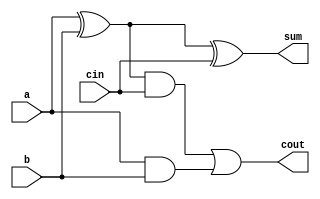
module full_adder(a,b,cin,cout,sum);
    input a,b,cin;
    output cout, sum;

    assign cout = ((a^b) & cin) | (a & b);
    assign sum = a^b^cin;

endmodule

module adder_(a,b,f_cin,result);
    input [31:0] a, b;
    input f_cin; //0 if the op is an addition, 1 in case of substraction (2complement)
    output[31:0] result;
    wire [31:0] carry;

    full_adder add0(a[0], b[0], f_cin, carry[0], result[0]);
    full_adder add1(a[1], b[1], carry[0], carry[1], result[1]);
    full_adder add2(a[2], b[2], carry[1], carry[2], result[2]);
    full_adder add3(a[3], b[3], carry[2], carry[3], result[3]);
    full_adder add4(a[4], b[4], carry[3], carry[4], result[4]);
    full_adder add5(a[5], b[5], carry[4], carry[5], result[5]);
    full_adder add6(a[6], b[6], carry[5], carry[6], result[6]);
    full_adder add8(a[8], b[8], carry[7], carry[8], result[8]);
    full_adder add7(a[7], b[7], carry[6], carry[7], result[7]);
    full_adder add9(a[9], b[9], carry[8], carry[9], result[9]);
    full_adder add10(a[10], b[10], carry[9],  carry[10], result[10]);
    full_adder add11(a[11], b[11], carry[10], carry[11], result[11]);
    full_adder add12(a[12], b[12], carry[11], carry[12], result[12]);
    full_adder add13(a[13], b[13], carry[12], carry[13], result[13]);
    full_adder add14(a[14], b[14], carry[13], carry[14], result[14]);
    full_adder add15(a[15], b[15], carry[14], carry[15], result[15]);
    full_adder add16(a[16], b[16], carry[15], carry[16], result[16]);
    full_adder add17(a[17], b[17], carry[16], carry[17], result[17]);
    full_adder add18(a[18], b[18], carry[17], carry[18], result[18]);
    full_adder add19(a[19], b[19], carry[18], carry[19], result[19]);
    full_adder add20(a[20], b[20], carry[19], carry[20], result[20]);
    full_adder add21(a[21], b[21], carry[20], carry[21], result[21]);
    full_adder add22(a[22], b[22], carry[21], carry[22], result[22]);
    full_adder add23(a[23], b[23], carry[22], carry[23], result[23]);
    full_adder add24(a[24], b[24], carry[23], carry[24], result[24]);
    full_adder add25(a[25], b[25], carry[24], carry[25], result[25]);
    full_adder add26(a[26], b[26], carry[25], carry[26], result[26]);
    full_adder add27(a[27], b[27], carry[26], carry[27], result[27]);
    full_adder add28(a[28], b[28], carry[27], carry[28], result[28]);
    full_adder add29(a[29], b[29], carry[28], carry[29], result[29]);
    full_adder add30(a[30], b[30], carry[29], carry[30], result[30]);
    full_adder add31(a[31], b[31], carry[30], carry[31], result[31]);
endmodule

module msbext #(parameter INITIAL = 16, parameter FINAL = 32)
               (input [INITIAL-1:0] src,
                output [FINAL-1:0] out);

  wire [32:0] ext;
  assign ext = src[INITIAL-1]? 32'hFFFFFFFF : 32'b0;
  assign out = {ext[FINAL-1-INITIAL:0],src};

endmodule